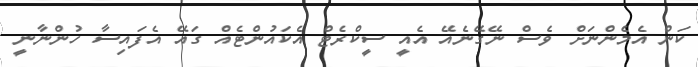
ކަން އެމެންނަށް ވެސް ނޭގޭނެއޭ އެއީ ސީކްރެޓް އެކައުންޓެއް ގައޭ އެފައިސާ ހުންނާނީ